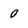
Character: 0